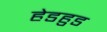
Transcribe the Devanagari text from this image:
हेडहुड